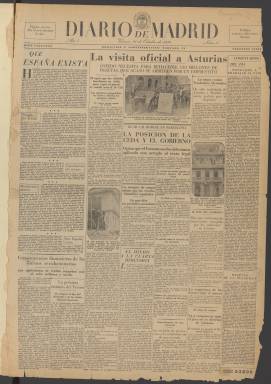
Título: Diario de Madrid (Madrid. 1934)
Colección: Periódicos
Ámbito geográfico: Madrid
Lugar de publicación: Madrid
Fechas: 26/10/1934-27/08/1935